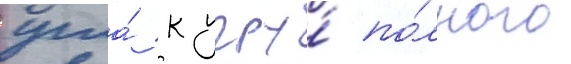
угла́ к углу́ по́лного